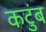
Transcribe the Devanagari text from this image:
कटुंब